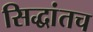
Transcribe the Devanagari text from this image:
सिद्धांतच